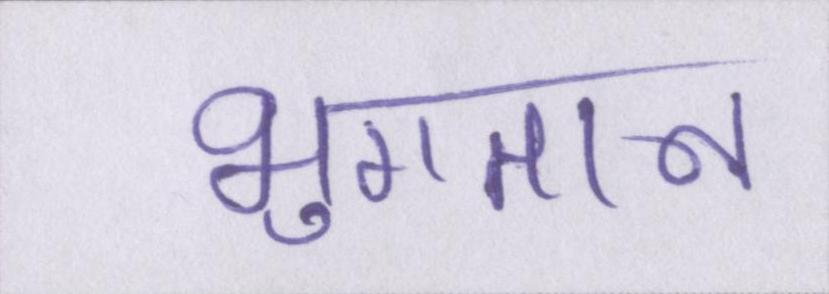
भुगतान